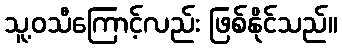
သူ့ဝသီကြောင့်လည်း ဖြစ်နိုင်သည်။